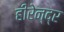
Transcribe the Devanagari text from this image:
हीरेन्द्र